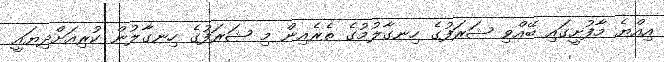
އިއްޔެ މާފުށީގައި ބޭއްވި ޝަރަފުގެ ހިނގާލުމުގެ ތެރެއިން މި ޝަރަފުގެ ހިނގާލުން ކުރިއަށްދިޔައީ